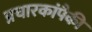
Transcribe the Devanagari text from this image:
प्रचारकांपैकी